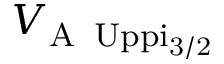
V _ { \mathrm { A \, \ U p p i _ { 3 / 2 } } }